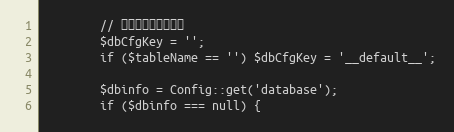
Language: PHP
		// 获取数据库配置信息
		$dbCfgKey = '';
		if ($tableName == '') $dbCfgKey = '__default__';

		$dbinfo = Config::get('database');
		if ($dbinfo === null) {